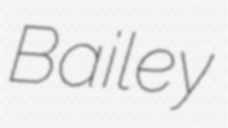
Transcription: Bailey